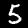
Digit: 5